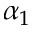
\alpha _ { 1 }